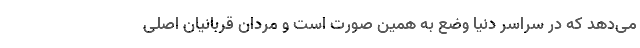
می‌دهد که در سراسر دنیا وضع به همین صورت است و مردان قربانیان اصلی